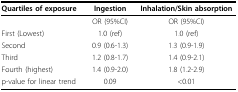
<table><thead><tr><td><b>Quartiles of exposure</b></td><td><b>Ingestion</b></td><td><b>Inhalation/Skin absorption</b></td></tr></thead><tbody><tr><td></td><td>OR (95%CI)</td><td>OR (95%CI)</td></tr><tr><td>First (Lowest)</td><td>1.0 (ref)</td><td>1.0 (ref)</td></tr><tr><td>Second</td><td>0.9 (0.6-1.3)</td><td>1.3 (0.9-1.9)</td></tr><tr><td>Third</td><td>1.2 (0.8-1.7)</td><td>1.4 (0.9-2.1)</td></tr><tr><td>Fourth (highest)</td><td>1.4 (0.9-2.0)</td><td>1.8 (1.2-2.9)</td></tr><tr><td>p-value for linear trend</td><td>0.09</td><td>&lt;0.01</td></tr></tbody></table>